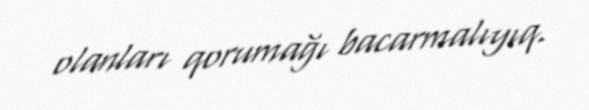
olanları qorumağı bacarmalıyıq.